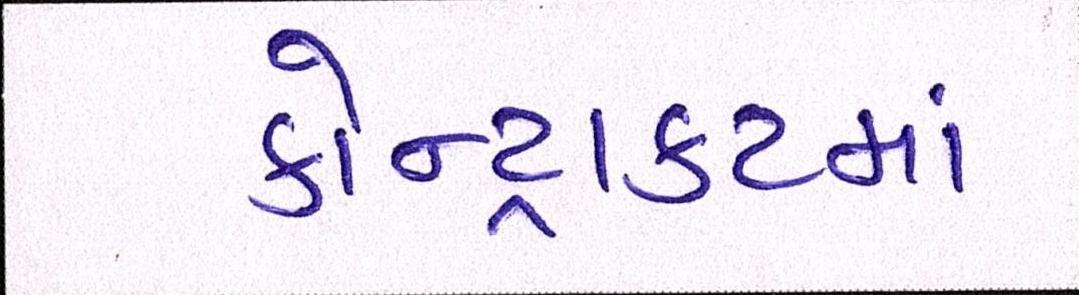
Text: કોન્ટ્રાકટમાં